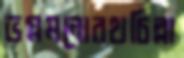
ভগ্নমনোরথচিল্লা